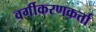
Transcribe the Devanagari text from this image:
वर्गीकरणकर्त्ता